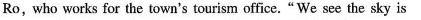
Ro, who works for the town's tourism office."We see the sky is